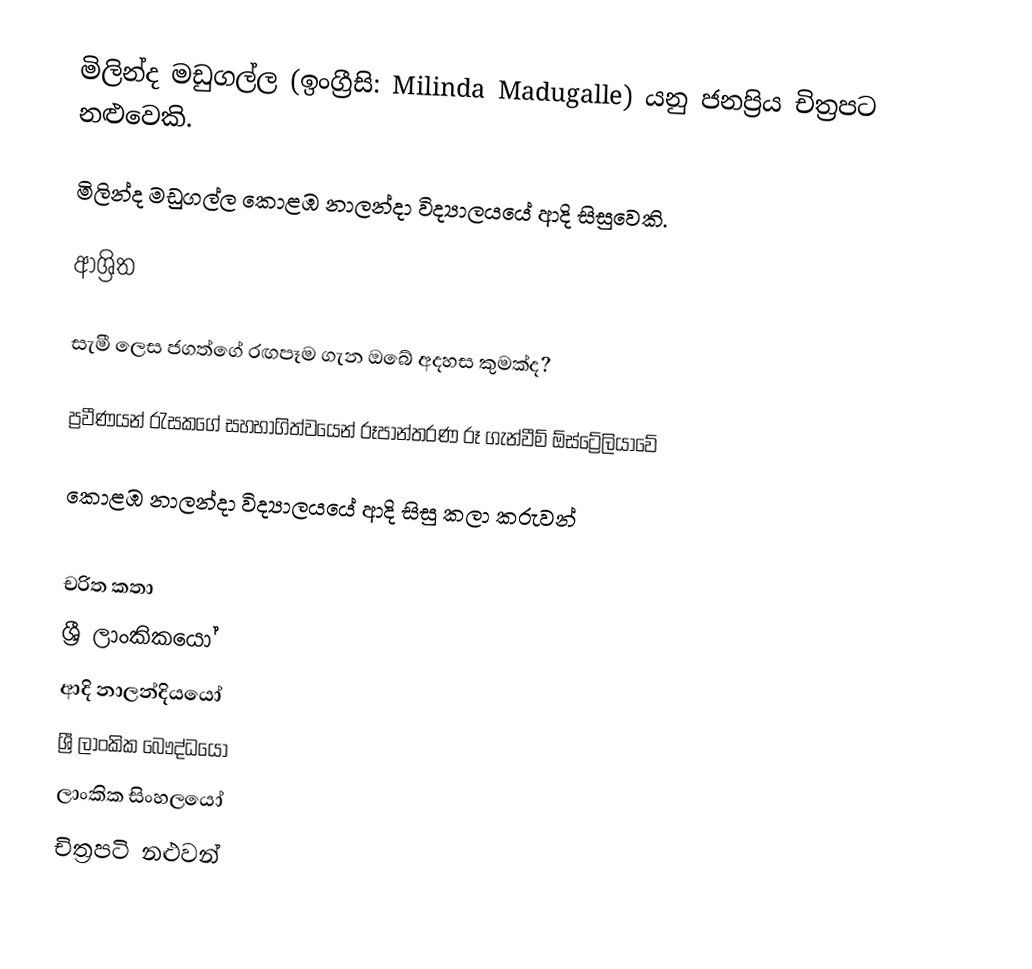
මිලින්ද මඩුගල්ල (ඉංග්‍රීසි: Milinda Madugalle) යනු  ජනප්‍රිය චිත්‍රපට නළුවෙකි.

මිලින්ද මඩුගල්ල  කොළඹ නාලන්දා විද්‍යාලයයේ ආදි සිසුවෙකි.

ආශ්‍රිත

 සැමී ලෙස ජගත්ගේ රඟපෑම ගැන ඔබේ අදහස කුමක්ද?

 ප්‍රවීණයන් රැසකගේ සහභාගිත්වයෙන් රූපාන්තරණ රූ ගැන්වීම් ඕස්ට්‍රේලියාවේ

 කොළඹ නාලන්දා විද්‍යාලයයේ ආදි සිසු කලා කරුවන්

චරිත කතා
ශ්‍රී ලාංකිකයෝ
ආදි නාලන්දියයෝ
ශ්‍රී ලාංකික බෞද්ධයෝ
ලාංකික සිංහලයෝ
චිත්‍රපටි නළුවන්